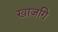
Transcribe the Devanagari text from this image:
खाजगि